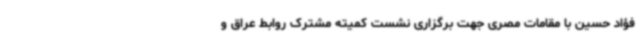
فؤاد حسین با مقامات مصری جهت برگزاری نشست کمیته مشترک روابط عراق و